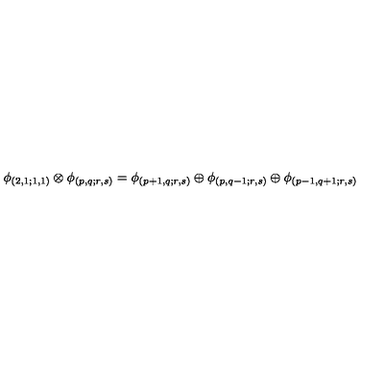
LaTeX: \phi _ { ( 2 , 1 ; 1 , 1 ) } \otimes \phi _ { ( p , q ; r , s ) } = \phi _ { ( p + 1 , q ; r , s ) } \oplus \phi _ { ( p , q - 1 ; r , s ) } \oplus \phi _ { ( p - 1 , q + 1 ; r , s ) }